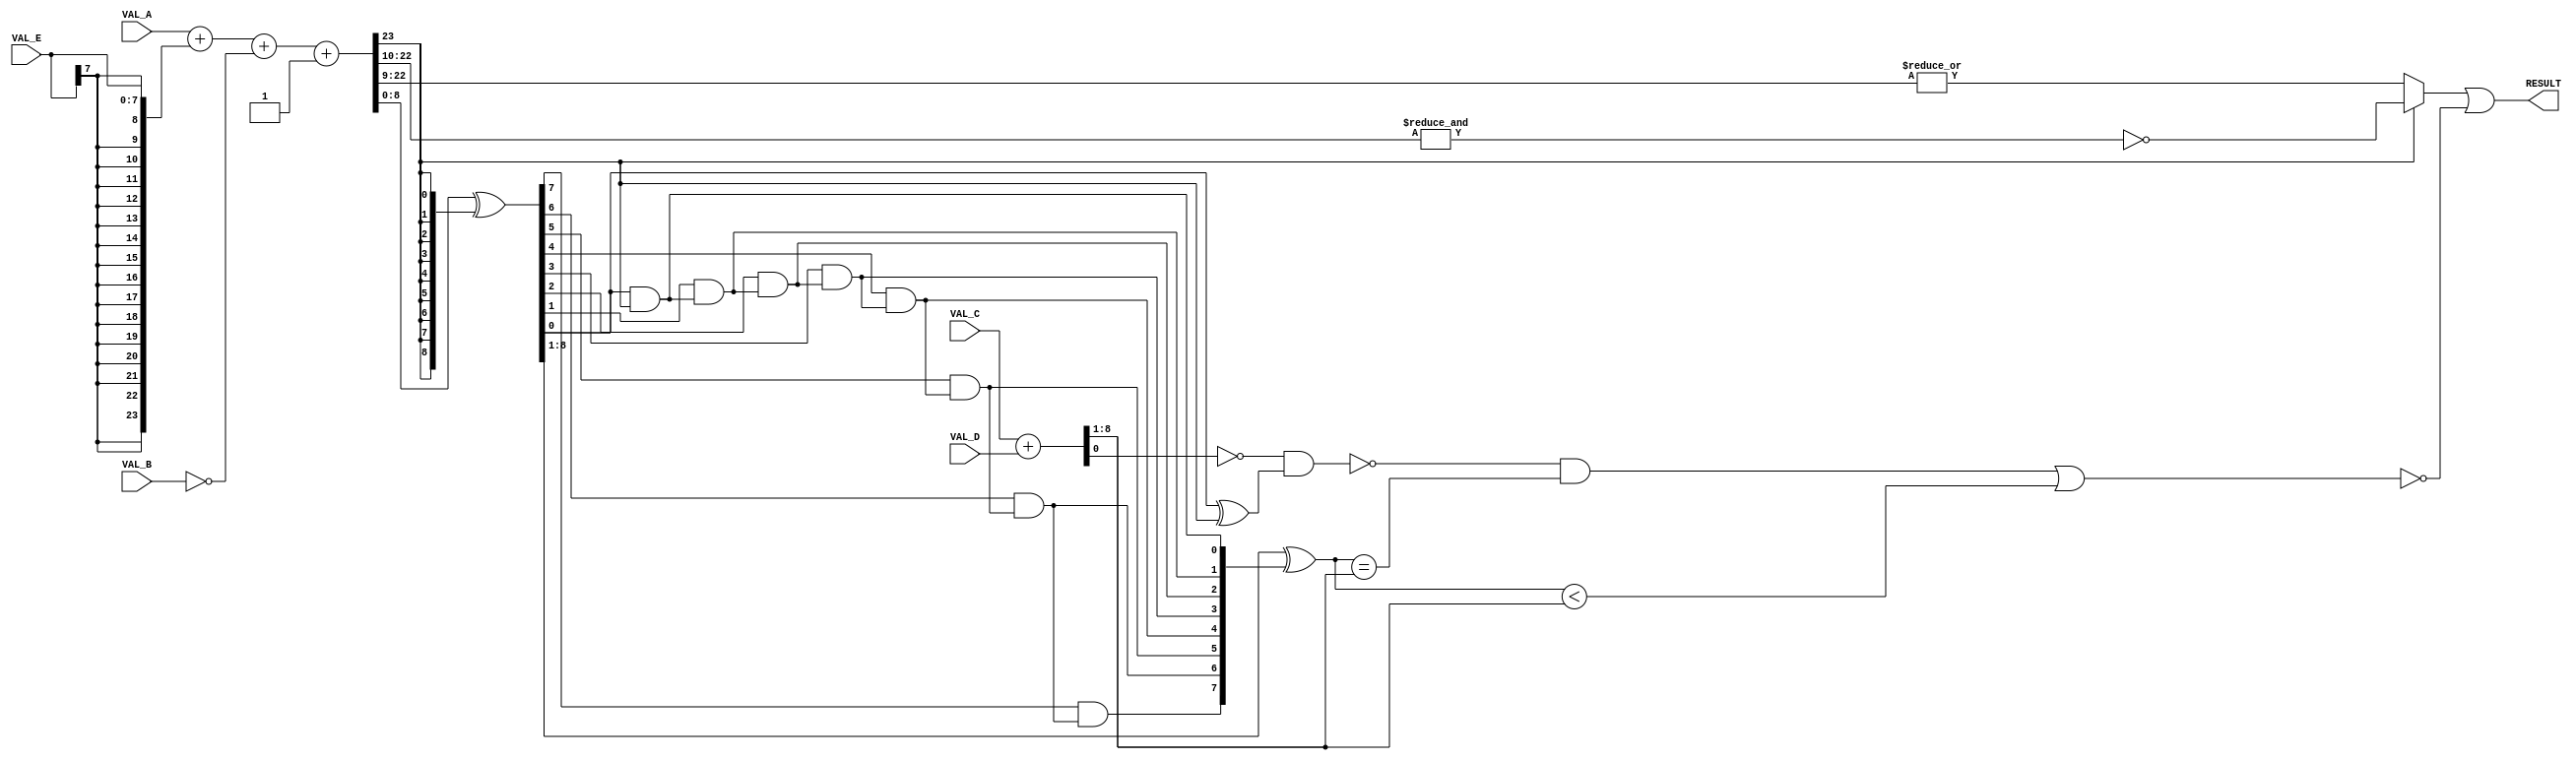
module k054000_unit(
	input [23:0] VAL_A,
	input [23:0] VAL_B,
	input [7:0] VAL_C,
	input [7:0] VAL_D,
	input [7:0] VAL_E,
	output RESULT
);

wire [23:0] SUM1;
wire [23:0] SUM2;
assign SUM1 = VAL_A + {{16{VAL_E[7]}}, VAL_E};	// Sign-extend VAL_E
assign SUM2 = SUM1 + ~VAL_B + 1;				// Subtraction

assign ONES = ~&{SUM2[22:10]};
assign ZEROES = |{SUM2[22:9]};
assign MSB_CHECK = SUM2[23] ? ONES : ZEROES;

assign MSB = SUM2[23];

// Not exactly a 2's complement conversion ? LSB goes through
wire [8:0] PROCESSED;
wire [8:0] FLIP;
wire [8:1] ANDS;
assign FLIP = SUM2[8:0] ^ {9{MSB}};
assign ANDS[8] = (FLIP[7] & ANDS[7]);
assign ANDS[7] = (FLIP[6] & ANDS[6]);
assign ANDS[6] = (FLIP[5] & ANDS[5]);
assign ANDS[5] = (FLIP[4] & ANDS[4]);
assign ANDS[4] = (FLIP[3] & ANDS[3]);
assign ANDS[3] = (FLIP[2] & ANDS[2]);
assign ANDS[2] = (FLIP[1] & ANDS[1]);
assign ANDS[1] = (FLIP[0] & MSB);

assign PROCESSED = {FLIP[8:1] ^ ANDS, FLIP[0] ^ MSB};

wire [8:0] SUM3;
assign SUM3 = VAL_C + VAL_D;
assign M86B = ~(~SUM3[0] & PROCESSED[0]);
assign M84B = M86B & (PROCESSED[8:1] == SUM3[8:1]);
assign LSB_CHECK = ~(M84B | (PROCESSED[8:1] < SUM3[8:1]));

assign RESULT = MSB_CHECK | LSB_CHECK;

endmodule